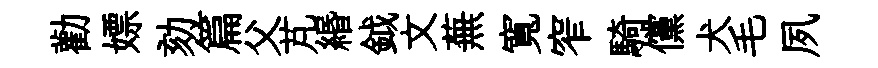
勸嫖劾篇父芃緡鉞文蕪寬窄騎儻犬毛夙